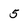
Character: 5